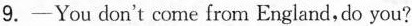
9.-You don't come from England,do you?